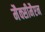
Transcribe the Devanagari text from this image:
मैक्सीमैएन